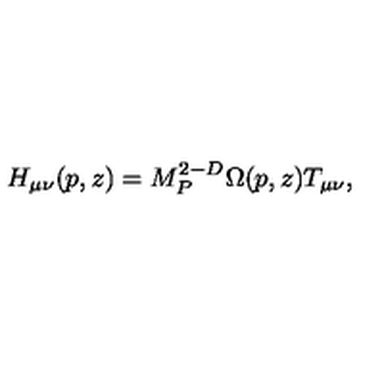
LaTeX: H _ { \mu \nu } ( p , z ) = M _ { P } ^ { 2 - D } \Omega ( p , z ) T _ { \mu \nu } ,